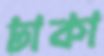
ঢাকা